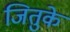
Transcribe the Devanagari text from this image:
जितुके